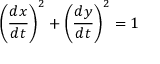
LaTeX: \left( { \frac { d x } { d t } } \right) ^ { 2 } + \left( { \frac { d y } { d t } } \right) ^ { 2 } = 1